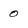
Character: 0